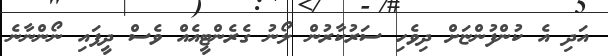
އަދި އެ ކުންފުންޏަށް ދިވެހި ސަރުކާރުން ލޯނު ގެރެންޓީއެއް ވެސް ދީފައި ނޯންނާނެ